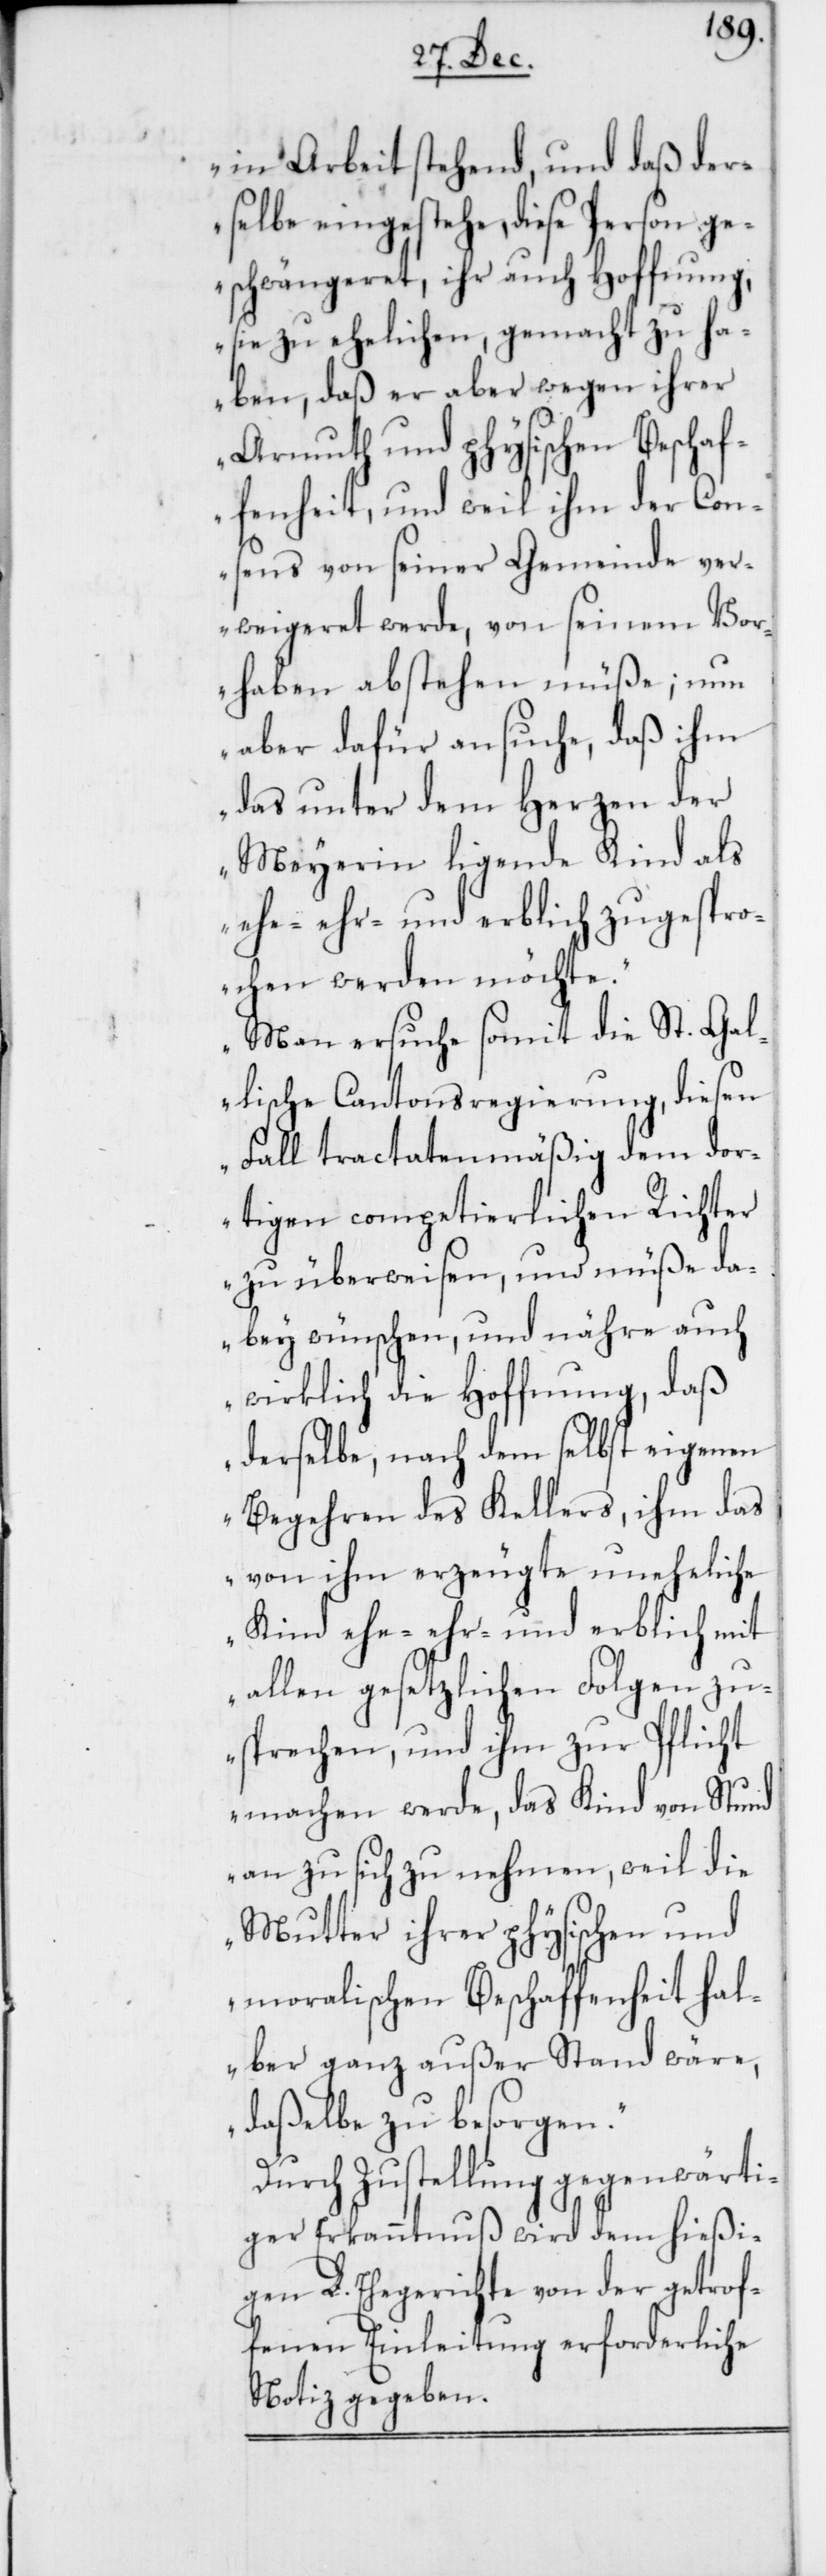
in Arbeit stehend, und daß der¬
selbe eingestehe, diese Person
geschwängeret, ihr auch Hoffnung,
sie zu ehelichen, gemacht zu ha¬
ben, daß er aber wegen ihrer
Armuth und physischen Beschaf¬
fenheit, und weil ihm der Con¬
sens von seiner Gemeinde ver¬
weigeret werde, von seinem Vor¬
haben abstehen müße; nun
aber dafür ansuche, daß ihm
das unter dem Herzen der
Meyerin liegende Kind als
ehr- und erblich zugespro¬
chen werden möchte.
Man ersuche somit die St. Gal¬
lische Cantonsregierung, diesen
Fall tractatenmäßig dem dor¬
tigen competierlichen Richter
zu überweisen, und müße da¬
bey wünschen, und nähre auch
wirklich die Hoffnung, daß
derselbe nach dem selbst eigenen
Begehren des Kellers, ihm das
von ihm erzeugte uneheliche
Kind ehe-[,] ehr- und erblich mit
allen gesetzlichen Folgen zu¬
sprechen, und ihm zur Pflicht
machen werde, das Kind von Stund
an zu sich zu nehmen, weil die
Mutter ihrer physischen und
moralischen Beschaffenheit hal¬
ber ganz außer Stand wäre,
daßelbe zu besorgen.“
Durch Zustellung gegenwärti¬
ger Erkanntnuß wird dem hießi¬
gen L. Ehegerichte von der getrof¬
fenen Einleitung erforderliche
Notiz gegeben.